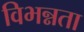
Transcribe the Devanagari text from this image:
विभन्नता